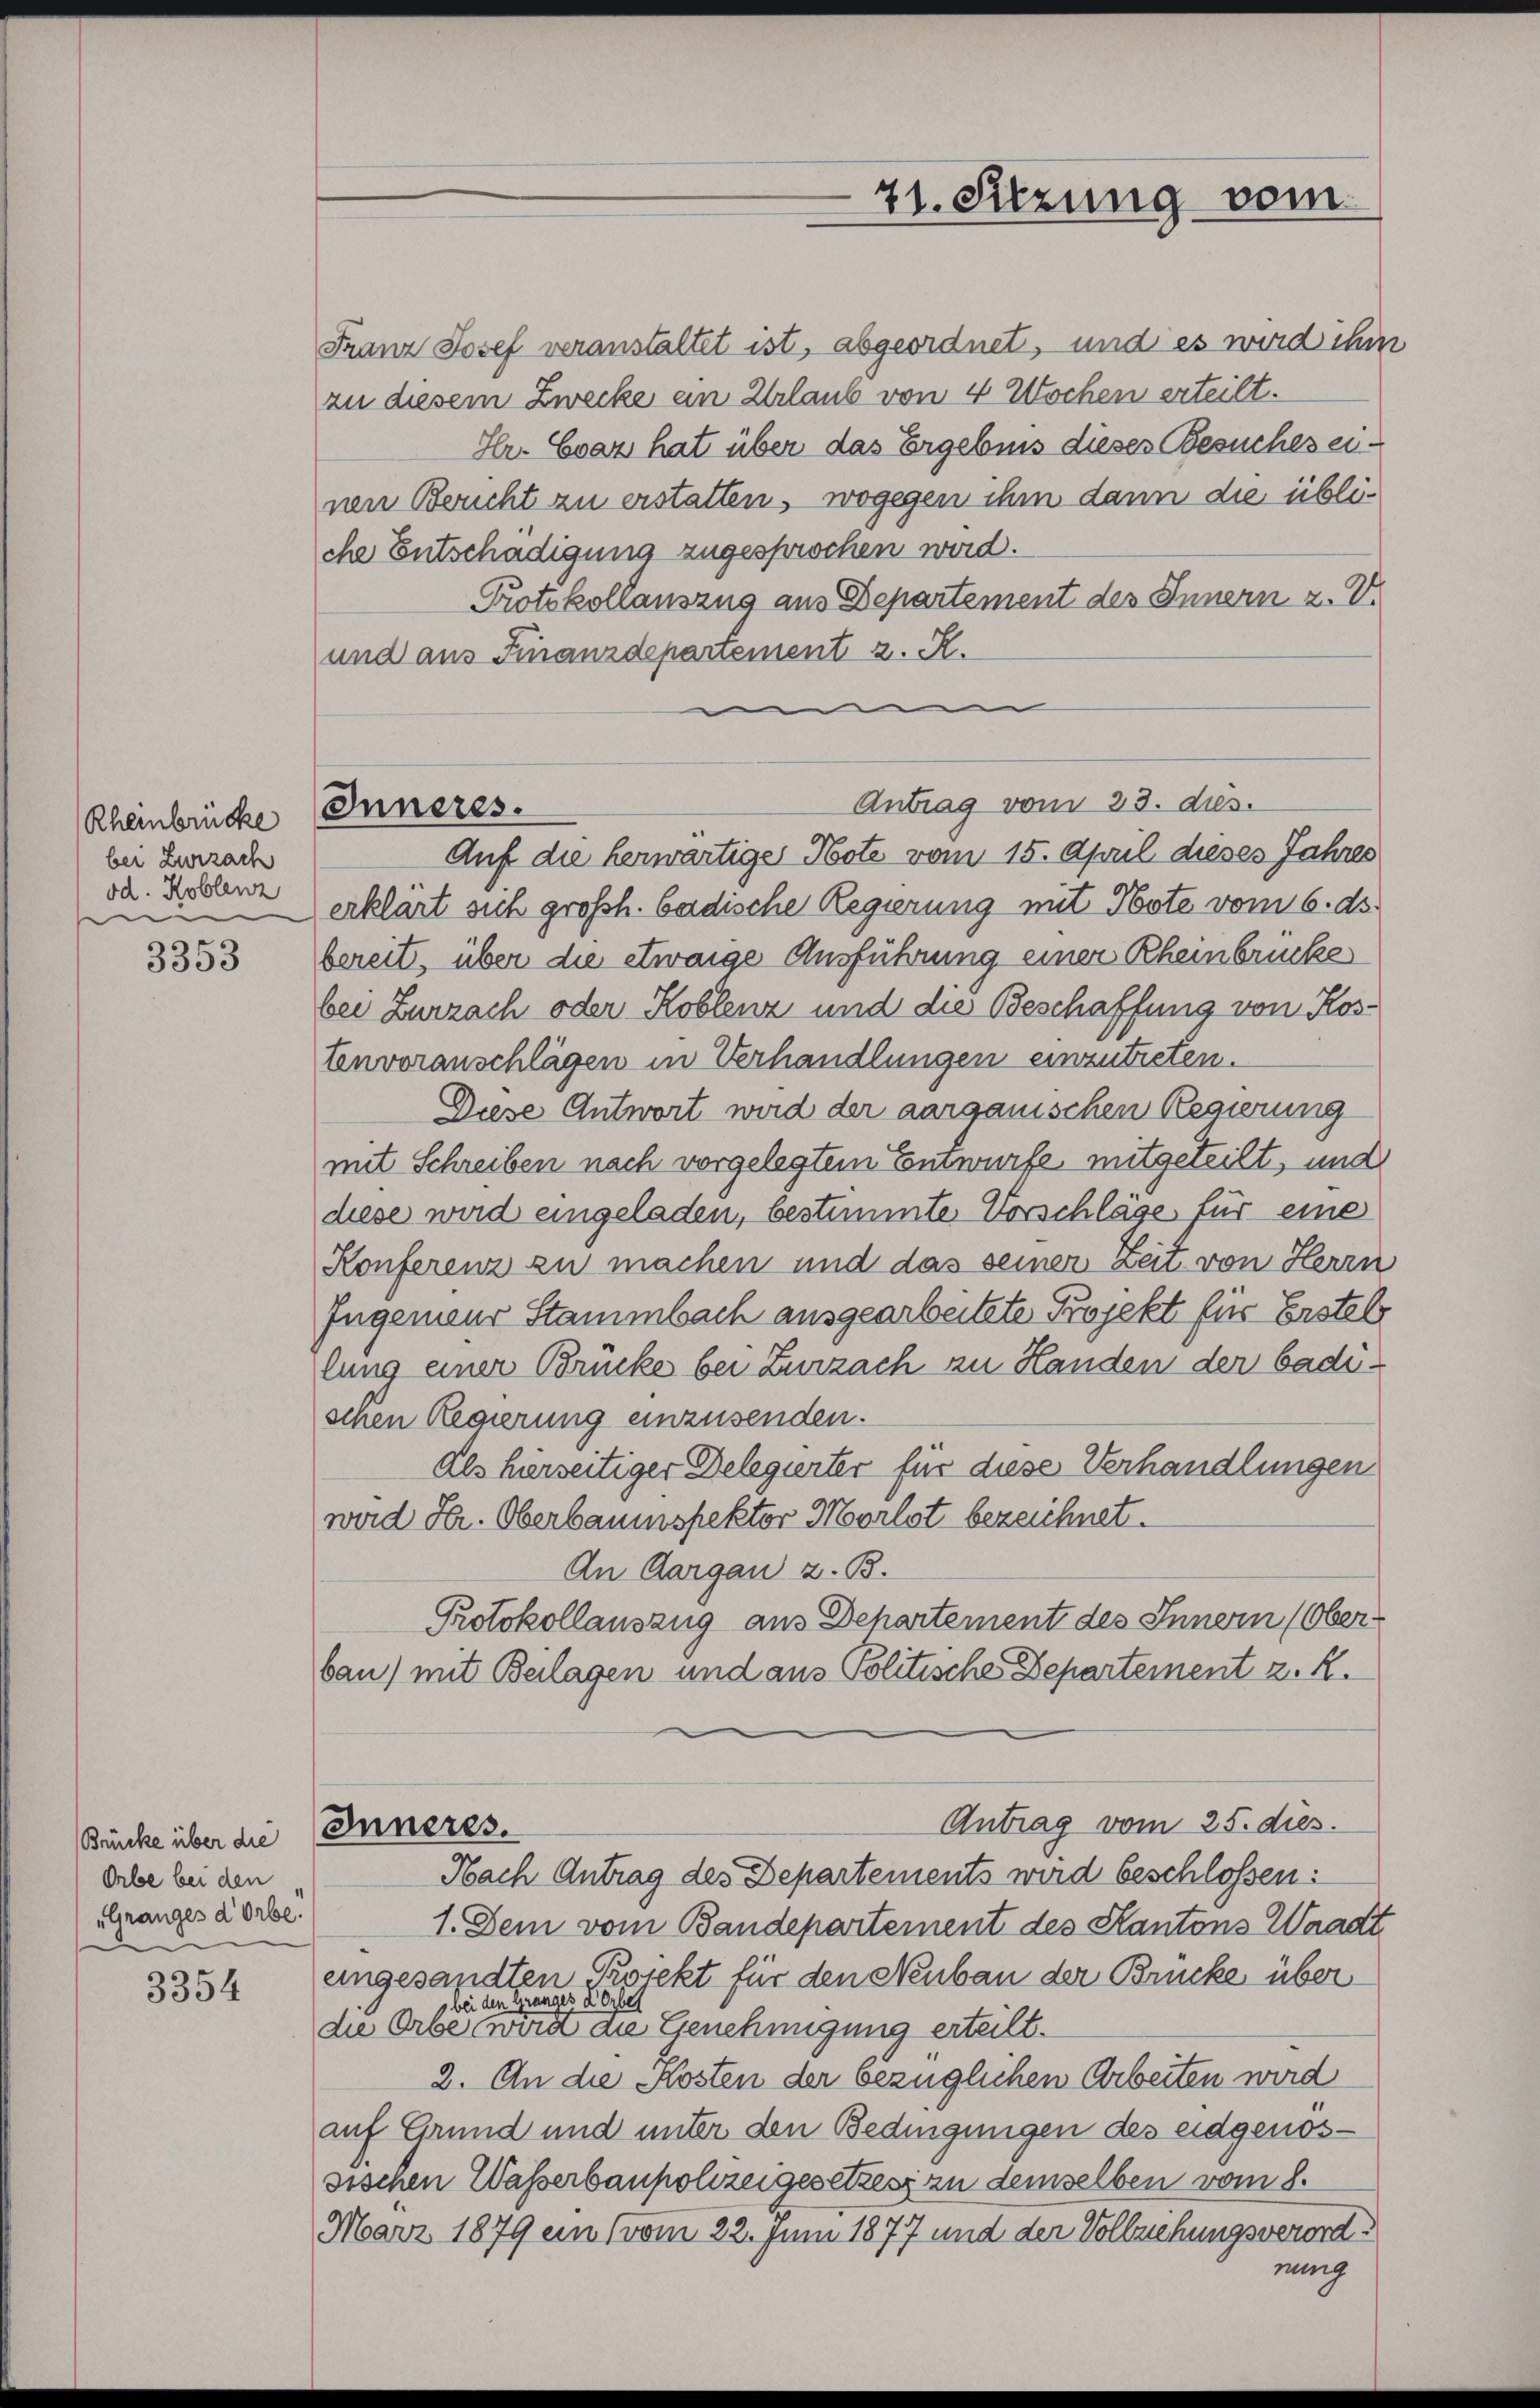
Rheinbrücke
bei Zurzach
od. Koblenz
e

3353

Brücke über die
Orbe bei den
„Granges d’Orbe.

3354

Franz Josef veranstaltet ist, abgeordnet, und es wird ihm
zu diesem Zwecke an Urlaub von 4 Wochen erteilt.
Hr. Evaz hat über das Ergebnis dieses Besuches einen Bericht zu erstatten, wogegen ihm dann die übliche Entschädigung zugesprochen wird.
Protokollauszug aus Departement des Innern z. V.
und aus Finanzdepartement z. R.
u
Auf die herwärtiges Note vom 15. April dieses Jahres
erklärt sich großh. badische Regierung mit Note vom 6. ds.
bereit, über die etwaige Ausführung einer Rheinbrücke
bei Zurzach oder Koblenz und die Beschaffung von Kostenvoranschlägen in Verhandlungen einzutreten.
Diese Antwort wird der aargauischen Regierung
mit Schreiben nach vorgelegtem Entwurfe, mitgeteilt, und
diese wird eingeladen, bestimmte Vorschläge für eine
Konferenz zu machen und das seiner Zeit von Herrn
Ingenieur Stammbach ausgearbeitete Projekt für Erstel
lung einer Brücke bei Zurzach zu Handen der badischen Regierung einzusenden.
Als hierseitiger Delegierter für diese Verhandlungen
wird Hr. Oberbaumspektor Morlot bezeichnet.
An Aargau z. B.
Protokollauszug aus Dehartement des Innern (Oberbau) mit Beilagen und aus Politische Departement z. R.
Antrag vom 25. dies.
Inneres.
Nach Antrag des Departements wird beschlossen:
1. Dem vom Bandepartement des Kantons Waadt
eingesandten Projekt für den Neubau der Brücke über
bei den Granges d’Orbet
die Erbe wird die Genehmigung erteilt.
2. An die Kosten der bezüglichen Arbeiten wird
auf Grund und unter den Bedingungen des eidgenossischen Wasserbaupolizeigesetzes in demselben vom 8.
März 1879 ein (vom 22. Juni 1877 und der Vollziehungsverordnung

Inneres.

21. Sitzung vom

Antrag vom 23. ds.